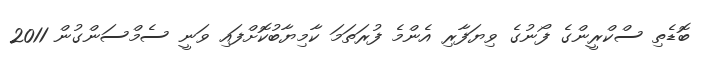
ބޮޑެތި ސްކްރީންގެ ފޯނުގެ ވިޔަފާރި އެންމެ ފުރަތަމަ ކާމިޔާބުކޮށްފައި ވަނީ ސެމްސަންގުން 2011